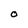
Character: O